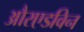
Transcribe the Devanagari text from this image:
औरएडविन